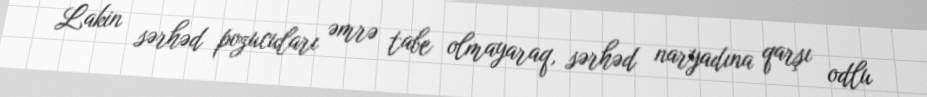
Lakin sərhəd pozucuları əmrə tabe olmayaraq, sərhəd naryadına qarşı odlu